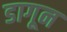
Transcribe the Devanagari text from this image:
डागून